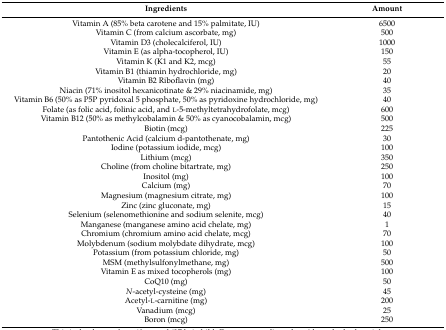
<table><thead><tr><td><b>Ingredients</b></td><td><b>Amount</b></td></tr></thead><tbody><tr><td>Vitamin A (85% beta carotene and 15% palmitate, IU)</td><td>6500</td></tr><tr><td>Vitamin C (from calcium ascorbate, mg)</td><td>500</td></tr><tr><td>Vitamin D3 (cholecalciferol, IU)</td><td>1000</td></tr><tr><td>Vitamin E (as alpha-tocopherol, IU)</td><td>150</td></tr><tr><td>Vitamin K (K1 and K2, mcg)</td><td>55</td></tr><tr><td>Vitamin B1 (thiamin hydrochloride, mg)</td><td>20</td></tr><tr><td>Vitamin B2 Riboflavin (mg)</td><td>40</td></tr><tr><td>Niacin (71% inositol hexanicotinate &amp; 29% niacinamide, mg)</td><td>35</td></tr><tr><td>Vitamin B6 (50% as P5P pyridoxal 5 phosphate, 50% as pyridoxine hydrochloride, mg)</td><td>40</td></tr><tr><td>Folate (as folic acid, folinic acid, and l-5-methyltetrahydrofolate, mcg)</td><td>600</td></tr><tr><td>Vitamin B12 (50% as methylcobalamin &amp; 50% as cyanocobalamin, mcg)</td><td>500</td></tr><tr><td>Biotin (mcg)</td><td>225</td></tr><tr><td>Pantothenic Acid (calcium d-pantothenate, mg)</td><td>30</td></tr><tr><td>Iodine (potassium iodide, mcg)</td><td>100</td></tr><tr><td>Lithium (mcg)</td><td>350</td></tr><tr><td>Choline (from choline bitartrate, mg)</td><td>250</td></tr><tr><td>Inositol (mg)</td><td>100</td></tr><tr><td>Calcium (mg)</td><td>70</td></tr><tr><td>Magnesium (magnesium citrate, mg)</td><td>100</td></tr><tr><td>Zinc (zinc gluconate, mg)</td><td>15</td></tr><tr><td>Selenium (selenomethionine and sodium selenite, mcg)</td><td>40</td></tr><tr><td>Manganese (manganese amino acid chelate, mg)</td><td>1</td></tr><tr><td>Chromium (chromium amino acid chelate, mcg)</td><td>70</td></tr><tr><td>Molybdenum (sodium molybdate dihydrate, mcg)</td><td>100</td></tr><tr><td>Potassium (from potassium chloride, mg)</td><td>50</td></tr><tr><td>MSM (methylsulfonylmethane, mg)</td><td>500</td></tr><tr><td>Vitamin E as mixed tocopherols (mg)</td><td>100</td></tr><tr><td>CoQ10 (mg)</td><td>50</td></tr><tr><td><i>N</i>-acetyl-cysteine (mg)</td><td>45</td></tr><tr><td>Acetyl-l-carnitine (mg)</td><td>200</td></tr><tr><td>Vanadium (mcg)</td><td>25</td></tr><tr><td>Boron (mcg)</td><td>250</td></tr></tbody></table>